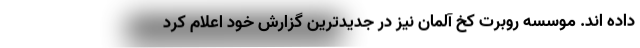
داده اند. موسسه روبرت کخ آلمان نیز در جدیدترین گزارش خود اعلام کرد